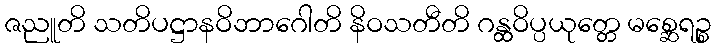
ဇညူတိ သတိပဋ္ဌာနဝိဘာဂေါတိ နိဝသတီတိ ဂန္ထဝိပ္ပယုတ္တေ မစ္ဆေရဉ္စ